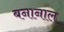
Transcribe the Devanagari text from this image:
बनानाल